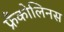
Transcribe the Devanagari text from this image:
फ्रँकोलिनस